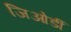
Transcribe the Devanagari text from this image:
जिओर्डी